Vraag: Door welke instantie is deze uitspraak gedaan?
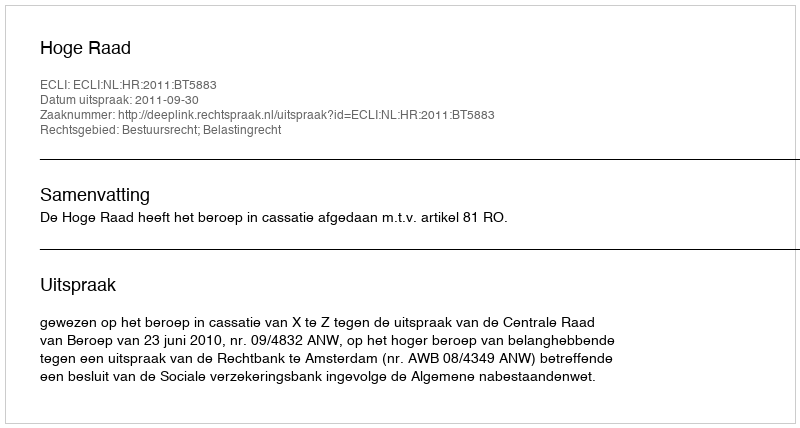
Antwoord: Hoge Raad